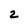
Character: 2